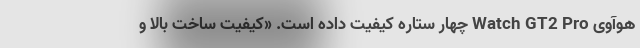
هوآوی Watch GT2 Pro چهار ستاره کیفیت داده است. «کیفیت ساخت بالا و